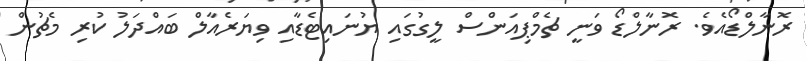
ރޮނާލްޑޯއެވެ. ރޮނާލްޑޯ ވަނީ ޗެމްޕިއަންސް ލީގުގައި ޔުނައިޓެޑާއި ވިޔަރެއާލް ބައްދަލު ކުރި މެޗުން